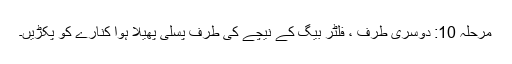
مرحلہ 10: دوسری طرف ، فلٹر بیگ کے نیچے کی طرف پسلی پھیلا ہوا کنارے کو پکڑیں۔